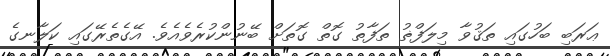
ޢަރަބި ބަހުގައި ތަޤުވާ މިލަފްޡު ތަފާތު ގޮތް ގޮތަށް ބޭނުންކުރެވެއެވެ. އޭގެތެރޭގައި ކަލާނގެ